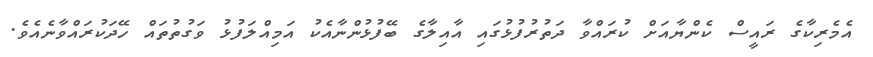
އެމެރިކާގެ ރައީސް ކެންޔާއަށް ކުރައްވާ ދަތުރުފުޅުގައި އާއިލާގެ ބޭފުޅުންނާއެކު އަމިއްލަފުޅު ވަގުތުތައް ހޭދަކުރައްވާނެއެވެ.